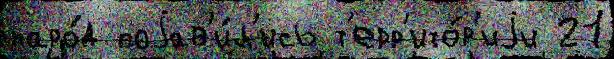
наро́д поjав'и́л'ись т'ерр'ито́р'иjи 21